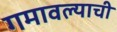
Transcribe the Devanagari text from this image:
गमावल्याची